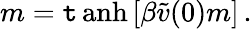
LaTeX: m=\operatorname{\mathtt{t}anh}\left[\beta\widetilde{{v}}(0)m\right]\, .